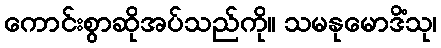
ကောင်းစွာဆိုအပ်သည်ကို။ သမနုမောဒိံသု၊